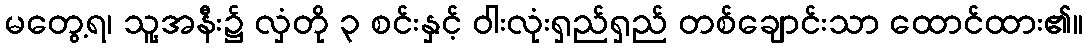
မတွေ့ရ၊ သူ့အနီး၌ လှံတို ၃ စင်းနှင့် ဝါးလုံးရှည်ရှည် တစ်ချောင်းသာ ထောင်ထား၏။